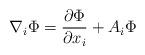
LaTeX: \begin{align*}\nabla_i{\Phi}= \frac {\partial \Phi}{\partial x_i}+ A_i \Phi\end{align*}